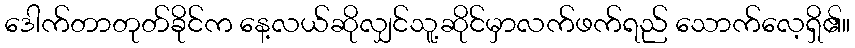
ဒေါက်တာတုတ်ခိုင်က နေ့လယ်ဆိုလျှင်သူ့ဆိုင်မှာလက်ဖက်ရည် သောက်လေ့ရှိ၏။